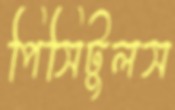
পিসিটুলস